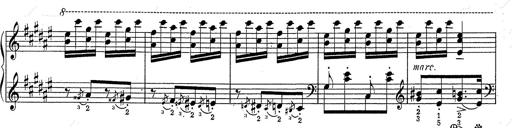
Title: Hungarian Rhapsody No.2
Composer: Franz Liszt
Key: C-sharp minor